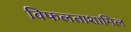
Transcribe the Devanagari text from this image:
विफलताशामिल